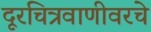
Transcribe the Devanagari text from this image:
दूरचित्रवाणीवरचे